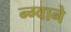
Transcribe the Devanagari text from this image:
न्ग्वाने